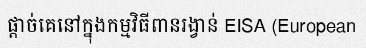
ផ្តាច់គេនៅក្នុងកម្មវិធីពានរង្វាន់ EISA (European